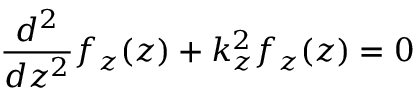
{ \frac { d ^ { 2 } } { d z ^ { 2 } } } f _ { z } ( z ) + k _ { z } ^ { 2 } f _ { z } ( z ) = 0